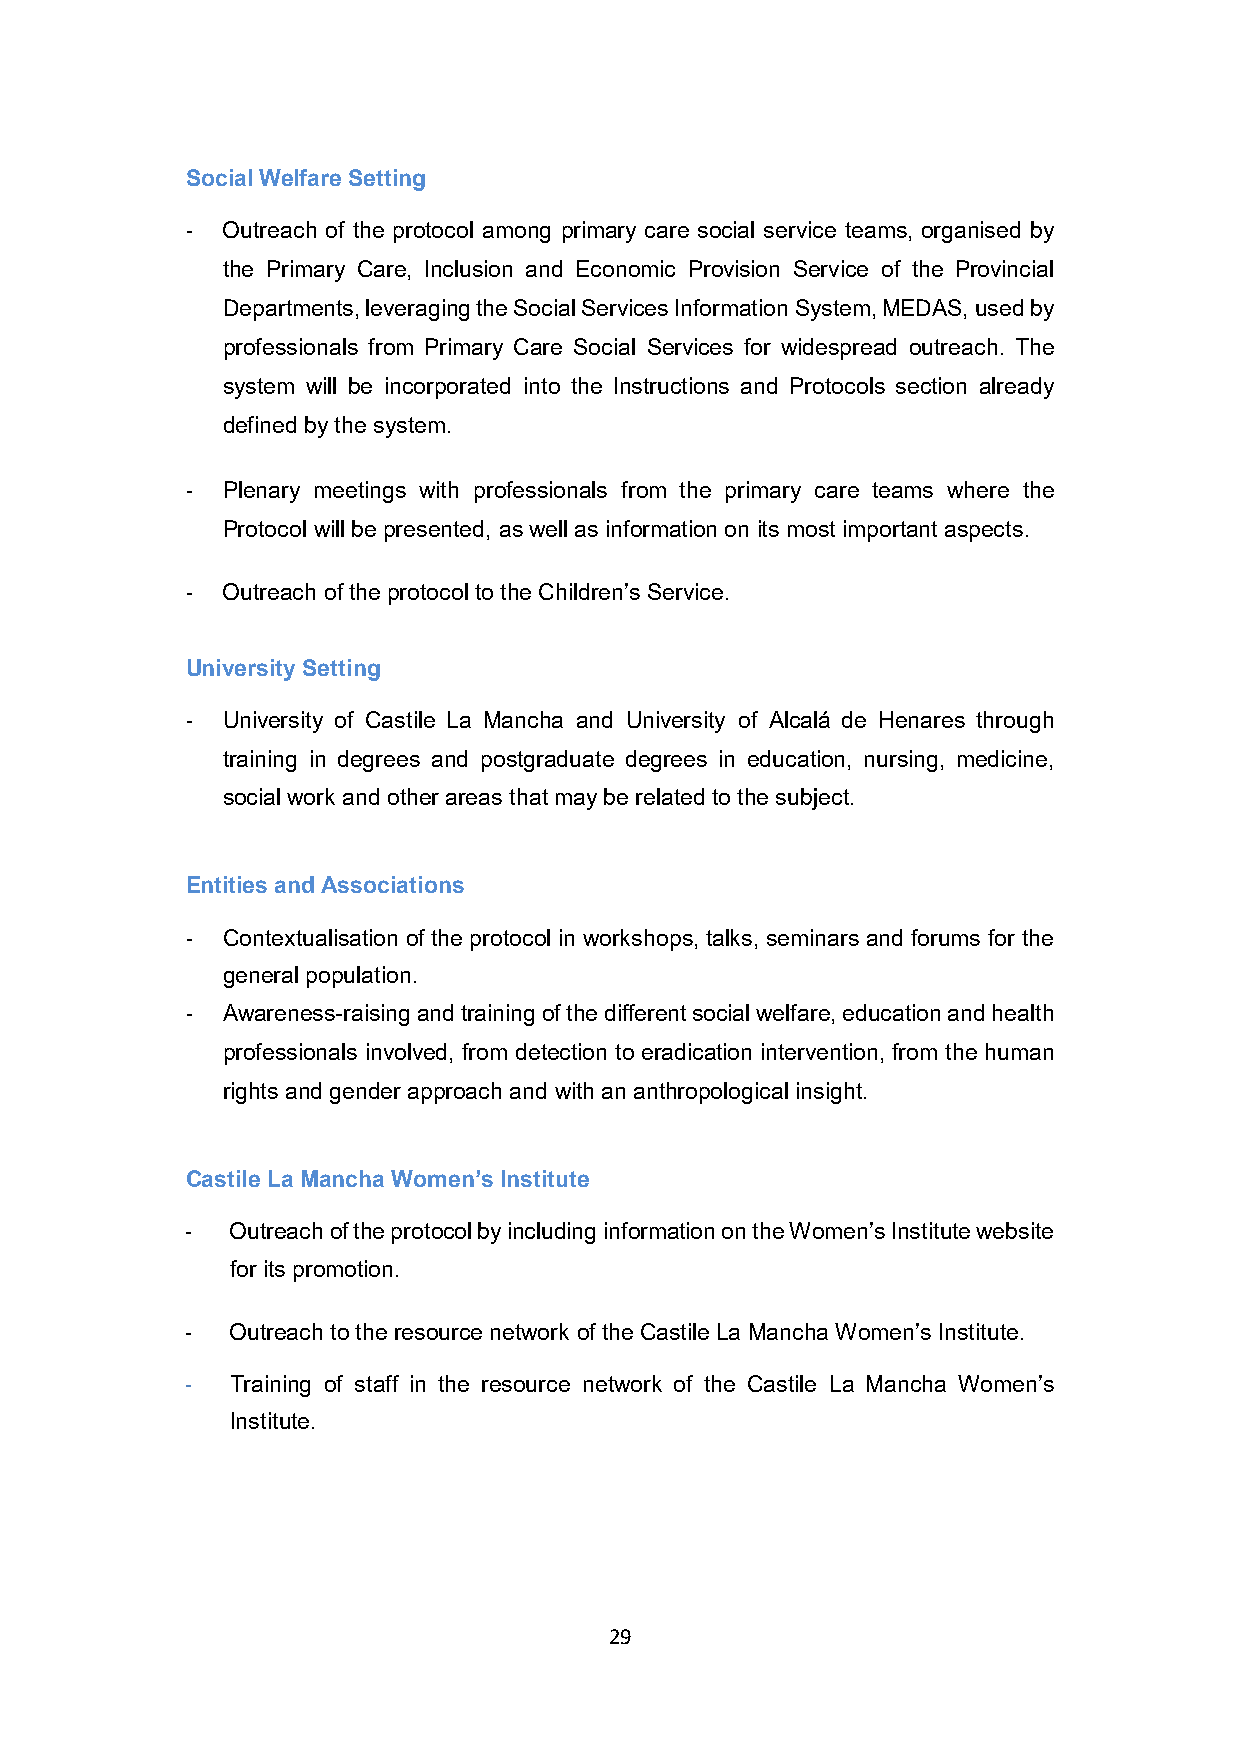
Social Welfare Setting
 -  Outreach of the protocol among primary care social service teams, organised by
 the Primary Care, Inclusion and Economic Provision Service of the Provincial
 Departments, leveraging the Social Services Information System, MEDAS, used by
 professionals from Primary Care Social Services for widespread outreach. The
 system will be incorporated into the Instructions and Protocols section already
 defined by the system.
 -  Plenary meetings with professionals from the primary care teams where the
 Protocol will be presented, as well as information on its most important aspects.
 -  Outreach of the protocol to the Children’s Service.
 University Setting
 -  University of Castile La Mancha and University of Alcalá de Henares through
 training in degrees and postgraduate degrees in education, nursing, medicine,
 social work and other areas that may be related to the subject.
 Entities and Associations
 -  Contextualisation of the protocol in workshops, talks, seminars and forums for the
 general population.
 -  Awareness-raising and training of the different social welfare, education and health
 professionals involved, from detection to eradication intervention, from the human
 rights and gender approach and with an anthropological insight.
 Castile La Mancha Women’s Institute
 -  Outreach of the protocol by including information on the Women’s Institute website
 for its promotion.
 -  Outreach to the resource network of the Castile La Mancha Women’s Institute.
 -  Training of staff in the resource network of the Castile La Mancha Women’s
 Institute.
 29